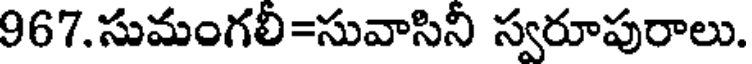
967.సుమంగలి=సువాసినీ స్వరూపురాలు.